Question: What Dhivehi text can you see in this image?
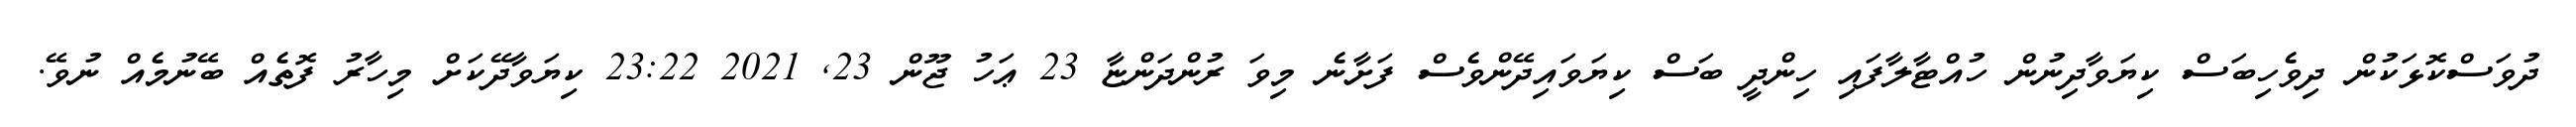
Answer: ދުވަސްކޮޅަކުން ދިވެހިބަސް ކިޔަވާދިނުން ހުއްޓާލާފައި ހިންދީ ބަސް ކިޔަވައިދޭންވެސް ފަށާނެ މިވަ ރުންދަންޏާ 23 ޢަހު ޖޫން 23, 2021 23:22 ކިޔަވާދޭކަށް މިހާރު ފޮތެއް ބޭނުމެއް ނުވޭ.